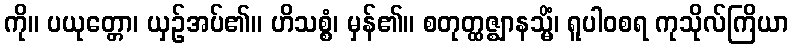
ကို။ ပယုတ္တော၊ ယှဉ်အပ်၏။ ဟိသစ္စံ၊ မှန်၏။ စတုတ္ထဇ္ဈာနသ္မိံ၊ ရူပါဝစရ ကုသိုလ်ကြိယာ